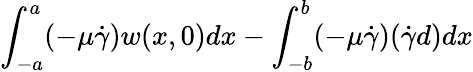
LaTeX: \int_{-a}^{a}(-\mu\dot{\gamma})w(x,0)dx-\int_{-b}^{b}(-\mu\dot{\gamma})(\dot{\gamma}d)dx